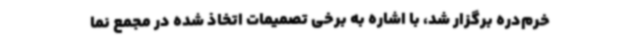
خرم‌دره برگزار شد، با اشاره به برخی تصمیمات اتخاذ شده در مجمع نما